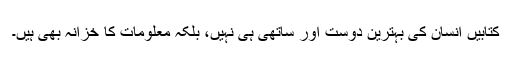
کتابیں انسان کی بہترین دوست اور ساتھی ہی نہیں، بلکہ معلومات کا خزانہ بھی ہیں۔